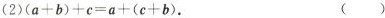
(2)$$( a + b ) + c = a + ( c + b )$$. ( )